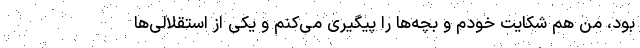
بود، من هم شکایت خودم و بچه‌ها را پیگیری می‌کنم و یکی از استقلالی‌ها